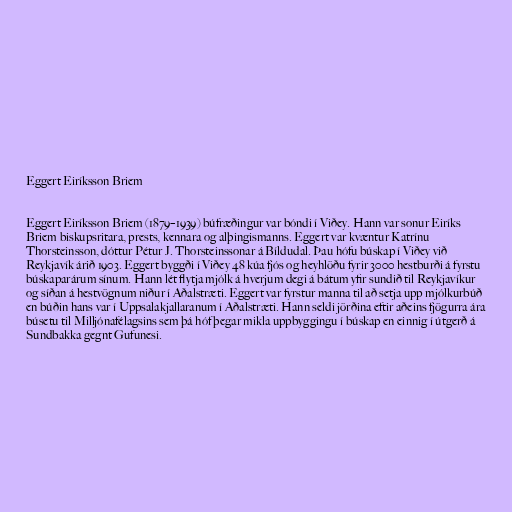
Eggert Eiríksson Briem

Eggert Eiríksson Briem (1879–1939) búfræðingur var bóndi í Viðey. Hann var sonur Eiríks
Briem biskupsritara, prests, kennara og alþingismanns. Eggert var kvæntur Katrínu
Thorsteinsson, dóttur Pétur J. Thorsteinssonar á Bíldudal. Þau hófu búskap í Viðey við
Reykjavík árið 1903. Eggert byggði í Viðey 48 kúa fjós og heyhlöðu fyrir 3000 hestburði á fyrstu
búskaparárum sínum. Hann lét flytja mjólk á hverjum degi á bátum yfir sundið til Reykjavíkur
og síðan á hestvögnum niður í Aðalstræti. Eggert var fyrstur manna til að setja upp mjólkurbúð
en búðin hans var í Uppsalakjallaranum í Aðalstræti. Hann seldi jörðina eftir aðeins fjögurra ára
búsetu til Milljónafélagsins sem þá hóf þegar mikla uppbyggingu í búskap en einnig í útgerð á
Sundbakka gegnt Gufunesi.